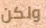
ولكن